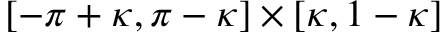
[ - \pi + \kappa , \pi - \kappa ] \times [ \kappa , 1 - \kappa ]